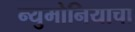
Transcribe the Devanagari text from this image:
न्युमोनियाचा